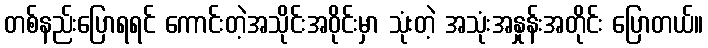
တစ်နည်းပြောရရင် ကောင်းတဲ့အသိုင်းအဝိုင်းမှာ သုံးတဲ့ အသုံးအနှုန်းအတိုင်း ပြောတယ်။